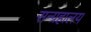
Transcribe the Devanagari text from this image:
सन्ग्रहालय